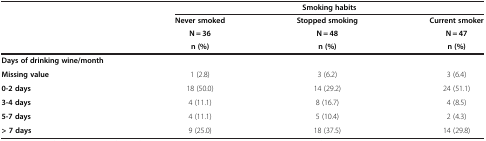
<table><thead><tr><td><b> </b></td><td colspan="3"><b>Smoking habits</b></td></tr><tr><td><b> </b></td><td><b>Never smoked</b></td><td><b>Stopped smoking</b></td><td><b>Current smoker</b></td></tr><tr><td><b> </b></td><td><b>N = 36</b></td><td><b>N = 48</b></td><td><b>N = 47</b></td></tr><tr><td><b> </b></td><td><b>n (%)</b></td><td><b>n (%)</b></td><td><b>n (%)</b></td></tr></thead><tbody><tr><td><b>Days of drinking wine/month</b></td><td> </td><td> </td><td> </td></tr><tr><td><b>Missing value</b></td><td>1 (2.8)</td><td>3 (6.2)</td><td>3 (6.4)</td></tr><tr><td><b>0-2 days</b></td><td>18 (50.0)</td><td>14 (29.2)</td><td>24 (51.1)</td></tr><tr><td><b>3-4 days</b></td><td>4 (11.1)</td><td>8 (16.7)</td><td>4 (8.5)</td></tr><tr><td><b>5-7 days</b></td><td>4 (11.1)</td><td>5 (10.4)</td><td>2 (4.3)</td></tr><tr><td><b>&gt; 7 days</b></td><td>9 (25.0)</td><td>18 (37.5)</td><td>14 (29.8)</td></tr></tbody></table>